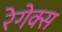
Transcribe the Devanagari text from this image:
रेगेक्स